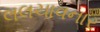
લલચાવનાર